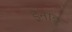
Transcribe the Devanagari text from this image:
इनाडु